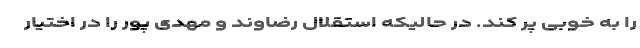
را به خوبی پُر کند. در حالیکه استقلال رضاوند و مهدی پور را در اختیار